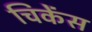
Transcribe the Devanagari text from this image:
चिकेंस